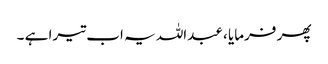
پھر فرمایا ، عبداللہ یہ اب تیرا ہے ۔